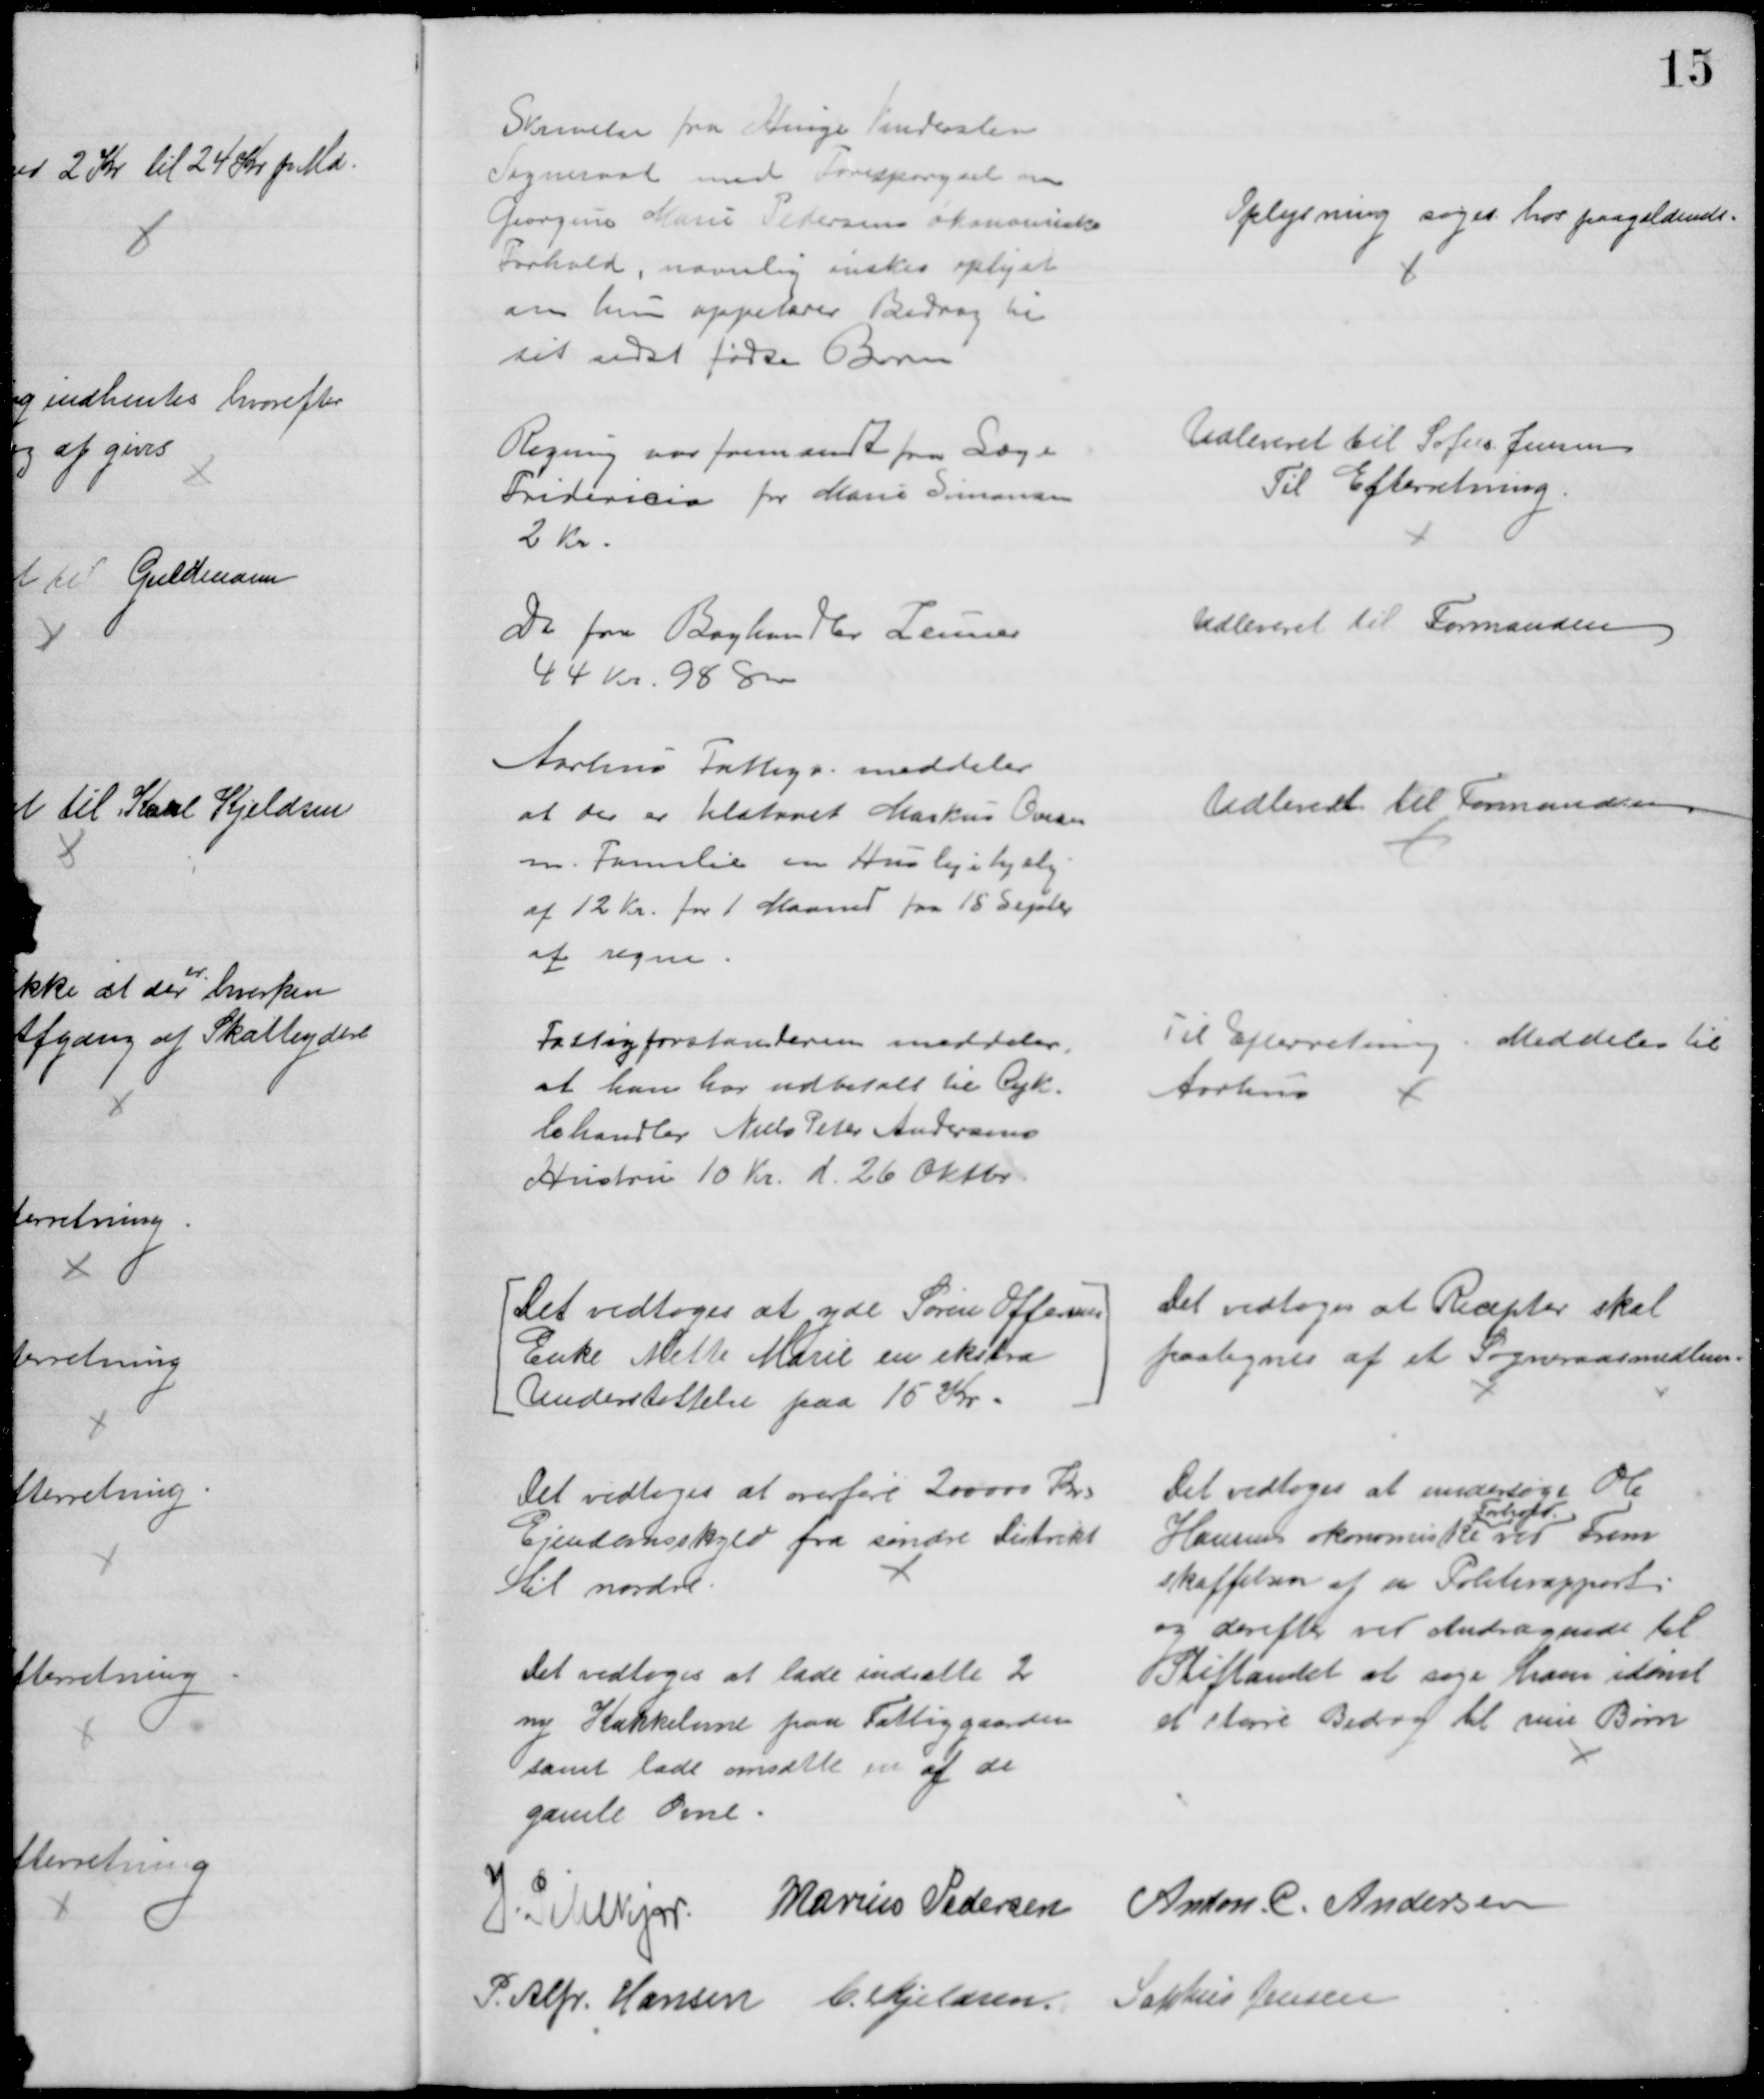
Transskription:
Skrivelse fra Hinge Vinderslev
Sogneraad med Forespørgsel om
Georgine Marie Petersens økonomiske
Forhold, navnlig ønskes oplyst
om hun oppebærer Bidrag til 
sit sidst fødte Barn
Oplysning søges hos paagældende.
Regning var fremsendt fra Læge
Fridericia for Marie Simonsen
2 Kr.
Udleveret til Sofus Jensen
Til Efterretning.
Do fra Boghandler Zeuner
44 Kr. 98 Øre
Udleveret til Formanden
Aarhus Fattigv. meddeler
at der er tilstaaet Markus Ovesen
m. Familie en Huslejehjælp
af 12 Kr. for 1 Maaned fra 15 Septbr
at regne
Udleveret til Formanden
Fattigforstanderen meddeler
at han har udbetalt til Cyk=
lehandler Niels Peter Andersens
Hustru 10 Kr. d. 26 Oktbr.
Til Efterretning. Meddeles til
Aarhus
Det vedtoges at yde Søren Offersens
Enke Mette Marie en ekstra
Understøttelse paa 15 Kr.
Det vedtoges at overføre 200000 Kr.
Ejendomsskyld fra søndre Distrikt
til nordre.
Det vedtoges at lade indsætte 2
ny Kakkelovne paa Fattiggaarden
samt lade omsætte en af de
gamle Ovne
Det vedtoges at Recepter skal
paategnes af et Sogneraasmedlem
Det vedtoges at undersøge Ole
Hansens økonomiske
Forhold
ved Frem
skaffelsen af en Politirapport
og derefter ved Andragende til
Stiftamtet at søge ham idømt
et større Bidrag til sine Børn
J. Pihlkjær Marius Pedersen Anton. C. Andersen
P. Alfr. Hansen C. Kjeldsen Sophus Jensen